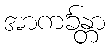
အာကင်္ခန္တာ